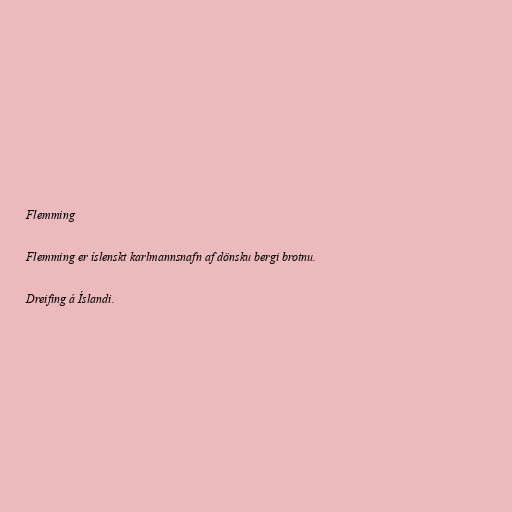
Flemming

Flemming er íslenskt karlmannsnafn af dönsku bergi brotnu.

Dreifing á Íslandi.